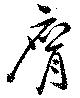
膺